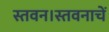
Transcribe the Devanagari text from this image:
स्तवन।स्तवनाचें